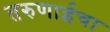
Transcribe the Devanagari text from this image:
तरुणाईचा